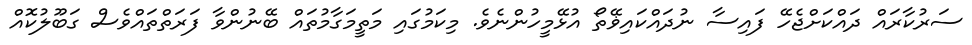
ސަރުކާރައް ދައްކަށްޖެހޭ ފައިސާ ނުދައްކައިޥޭތޯ އުޅޭމީހުންނެވެ. މިކަމުގައި މަތީމަގާމުތައް ބޭނުންވާ ފަރަތްތައްވެސް ގަބޫލުކޮއް